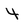
Character: 4